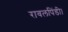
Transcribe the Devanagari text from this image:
रावलपिंडी।